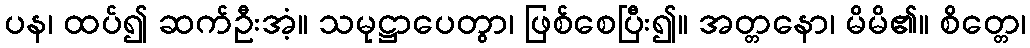
ပန၊ ထပ်၍ ဆက်ဦးအံ့။ သမုဋ္ဌာပေတွာ၊ ဖြစ်စေပြီး၍။ အတ္တနော၊ မိမိ၏။ စိတ္တေ၊